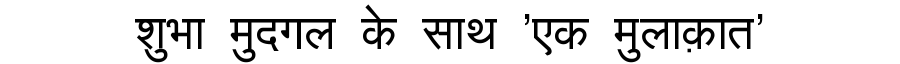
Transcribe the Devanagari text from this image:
शुभा मुदगल के साथ 'एक मुलाक़ात'